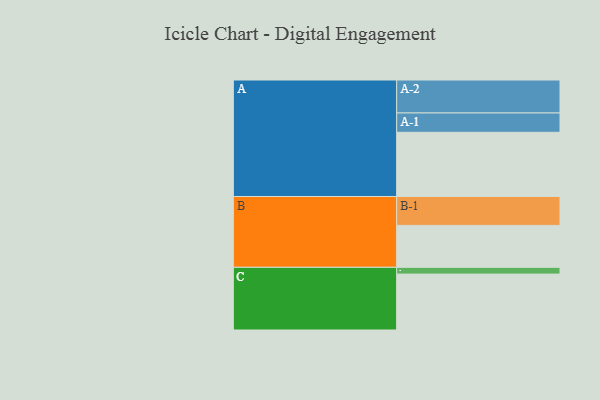
{"axis": {"x": "Segment", "y": "Value"}, "legend": ["", "A", "B", "C"], "data": [{"x": "A", "y": 551, "type": ""}, {"x": "B", "y": 360, "type": ""}, {"x": "C", "y": 480, "type": ""}, {"x": "A-1", "y": 166, "type": "A"}, {"x": "A-2", "y": 283, "type": "A"}, {"x": "B-1", "y": 248, "type": "B"}, {"x": "C-1", "y": 58, "type": "C"}]}